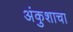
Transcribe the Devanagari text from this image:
अंकुशाचा